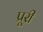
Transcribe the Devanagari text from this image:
प्रूरी